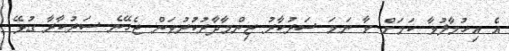
އެ އިހުމާލުވާ ކަމަށް ވާ ނަމަ ސަރުކާރު ޒިންމާދާރުކުރުވަން ޖެހޭނެ ސަރުކާރާ ގުޅޭ